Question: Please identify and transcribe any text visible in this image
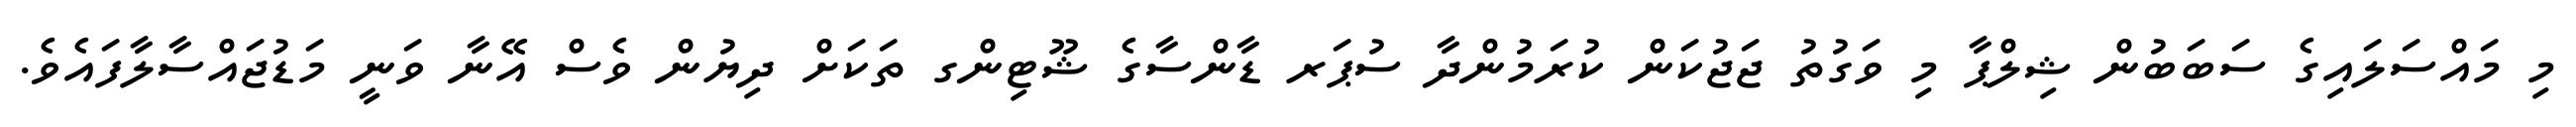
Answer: މި މައްސަލައިގެ ސަބަބުން ޝިލްޕާ މި ވަގުތު ޖަޖުކަން ކުރަމުންދާ ސުޕަރ ޑާންސާގެ ޝޫޓިންގ ތަކަށް ދިޔުން ވެސް އޭނާ ވަނީ މަޑުޖައްސާލާފައެވެ.